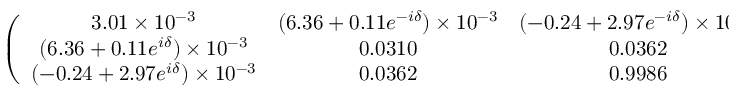
\left( \begin{array} { c c c } { { 3 . 0 1 \times 1 0 ^ { - 3 } } } & { { ( 6 . 3 6 + 0 . 1 1 e ^ { - i \delta } ) \times 1 0 ^ { - 3 } } } & { { ( - 0 . 2 4 + 2 . 9 7 e ^ { - i \delta } ) \times 1 0 ^ { - 3 } } } \\ { { ( 6 . 3 6 + 0 . 1 1 e ^ { i \delta } ) \times 1 0 ^ { - 3 } } } & { { 0 . 0 3 1 0 } } & { { 0 . 0 3 6 2 } } \\ { { ( - 0 . 2 4 + 2 . 9 7 e ^ { i \delta } ) \times 1 0 ^ { - 3 } } } & { { 0 . 0 3 6 2 } } & { { 0 . 9 9 8 6 } } \end{array} \right) \ \ ,